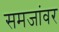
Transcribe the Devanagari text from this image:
समजांवर